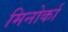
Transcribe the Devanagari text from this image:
मिनोर्का